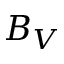
B _ { V }